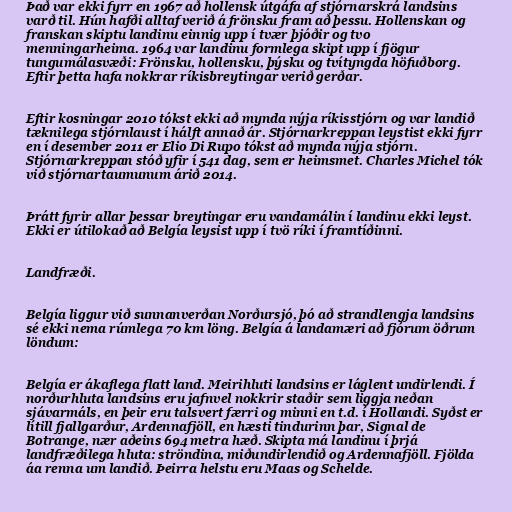
Það var ekki fyrr en 1967 að hollensk útgáfa af stjórnarskrá landsins
varð til. Hún hafði alltaf verið á frönsku fram að þessu. Hollenskan og
franskan skiptu landinu einnig upp í tvær þjóðir og tvo
menningarheima. 1964 var landinu formlega skipt upp í fjögur
tungumálasvæði: Frönsku, hollensku, þýsku og tvítyngda höfuðborg.
Eftir þetta hafa nokkrar ríkisbreytingar verið gerðar.

Eftir kosningar 2010 tókst ekki að mynda nýja ríkisstjórn og var landið
tæknilega stjórnlaust í hálft annað ár. Stjórnarkreppan leystist ekki fyrr
en í desember 2011 er Elio Di Rupo tókst að mynda nýja stjórn.
Stjórnarkreppan stóð yfir í 541 dag, sem er heimsmet. Charles Michel tók
við stjórnartaumunum árið 2014.

Þrátt fyrir allar þessar breytingar eru vandamálin í landinu ekki leyst.
Ekki er útilokað að Belgía leysist upp í tvö ríki í framtíðinni.

Landfræði.

Belgía liggur við sunnanverðan Norðursjó, þó að strandlengja landsins
sé ekki nema rúmlega 70 km löng. Belgía á landamæri að fjórum öðrum
löndum:

Belgía er ákaflega flatt land. Meirihluti landsins er láglent undirlendi. Í
norðurhluta landsins eru jafnvel nokkrir staðir sem liggja neðan
sjávarmáls, en þeir eru talsvert færri og minni en t.d. í Hollandi. Syðst er
lítill fjallgarður, Ardennafjöll, en hæsti tindurinn þar, Signal de
Botrange, nær aðeins 694 metra hæð. Skipta má landinu í þrjá
landfræðilega hluta: ströndina, miðundirlendið og Ardennafjöll. Fjölda
áa renna um landið. Þeirra helstu eru Maas og Schelde.